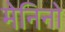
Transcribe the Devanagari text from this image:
मेनिनो